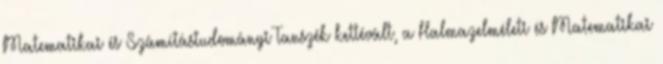
Matematikai és Számítástudományi Tanszék kettévált, a Halmazelméleti és Matematikai